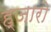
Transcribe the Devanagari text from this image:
ह्जारो